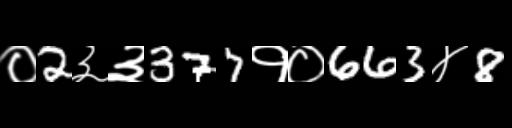
Text: ०2३३377१०663४8